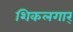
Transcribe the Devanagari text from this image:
शिकलगार्